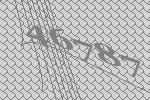
46787